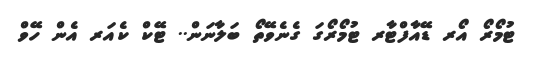
ޓުމޯރޯ އޯރ ޑޭއާފްޓާރ ޓުމޯރޯގަ ގެނެވޭތޯ ބަލާނަން.. ޓޭކް ކެއަރ އެން ހޭވް